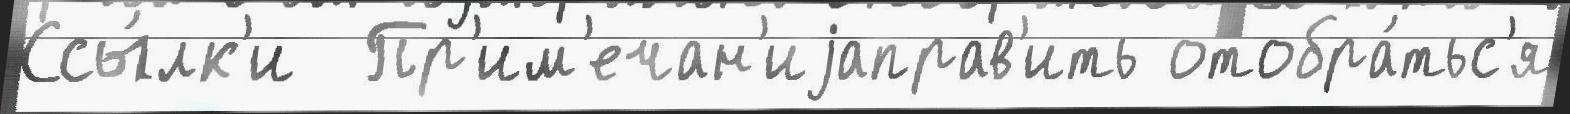
Ссы́лк'и  Пр'им'ечан'иjаправ'ить отобра́тьс'я